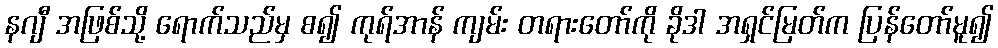
နဂျီ အဖြစ်သို့ ရောက်သည်မှ စ၍ ကုရ်အာန် ကျမ်း တရားတော်ကို ခိုဒါ အရှင်မြတ်က ပြန်တော်မူ၍